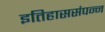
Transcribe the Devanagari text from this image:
इतिहाससंपन्न